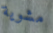
مشوية